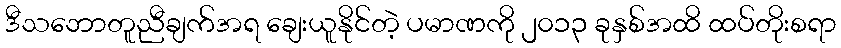
ဒီသဘောတူညီချက်အရ ချေးယူနိုင်တဲ့ ပမာဏကို ၂၀၁၃ ခုနှစ်အထိ ထပ်တိုးစရာ